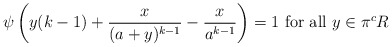
\begin{align*} \psi \left( y( k-1) + \frac{x}{ (a+y)^{k-1} }- \frac{x}{ a^{k-1} } \right) = 1 \textrm{ for all } y\in \pi^c R \end{align*}